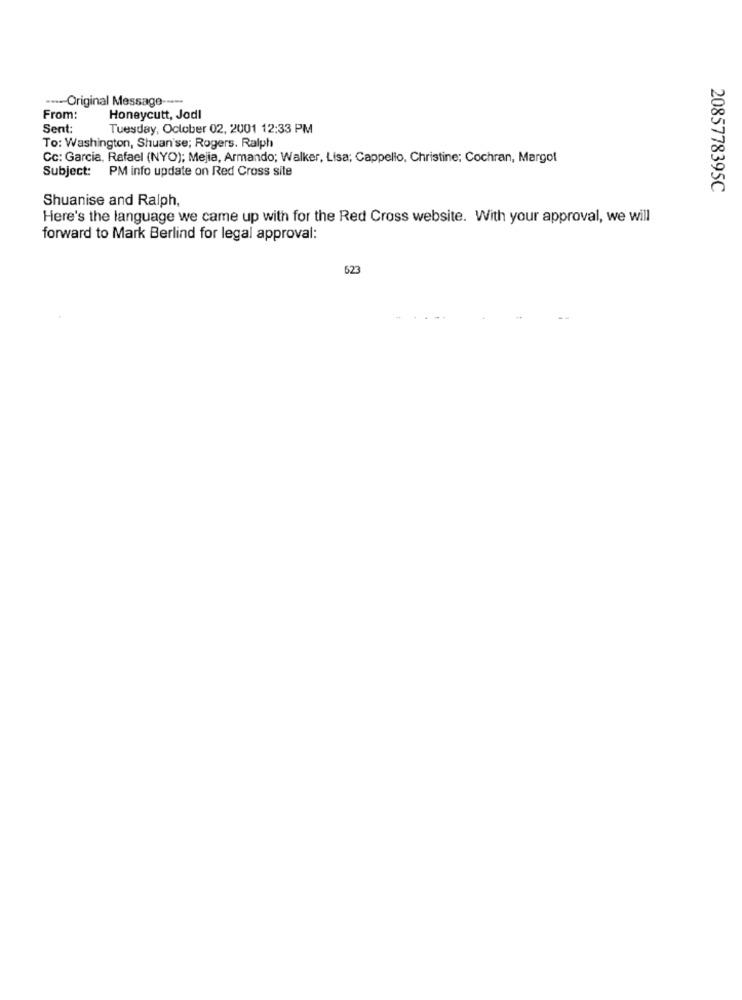
---- Original Message ----
From:
Honeycutt, Jodl
Sent:
Tuesday, October 02, 2001 12:33 PM
To: Washington, Shuan'se; Rogers. Ralph
Cc: Garcia, Rafael (NYO); Mejia, Armando; Walker, Lisa; Cappello, Christine: Cochran, Margot
Subject: PM info update on Red Cross site
2085778395C
Shuanise and Ralph,
Here's the language we came up with for the Red Cross website. With your approval, we will
forward to Mark Berlind for legal approval:
623